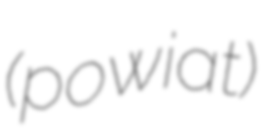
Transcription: (powiat)